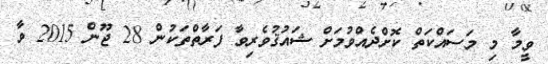
ވީމާ މި މަސައްކަތް ކޮށްދެއްވުމަށް ޝައުޤުވެރިވާ ފަރާތްތަކުން 28 ޖޫން 2015 ވާ